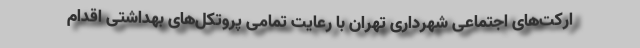
ارکت‌های اجتماعی شهرداری تهران با رعایت تمامی پروتکل‌های بهداشتی اقدام